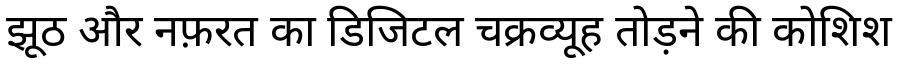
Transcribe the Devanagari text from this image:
झूठ और नफ़रत का डिजिटल चक्रव्यूह तोड़ने की कोशिश